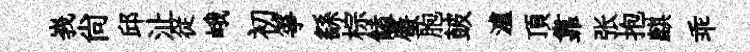
峩尙邱沚従峨初箏繇棕饁蜃胞皷瀘頂靠张抱麒乖